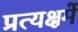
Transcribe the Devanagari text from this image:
प्रत्यक्षमें